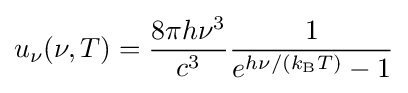
u_{\nu }(\nu ,T)={\frac {8\pi h\nu ^{3}}{c^{3}}}{\frac {1}{e^{h\nu /(k_{\mathrm {B} }T)}-1}}